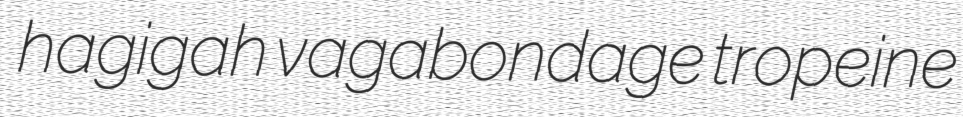
hagigah vagabondage tropeine